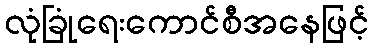
လုံခြုံရေးကောင်စီအနေဖြင့်